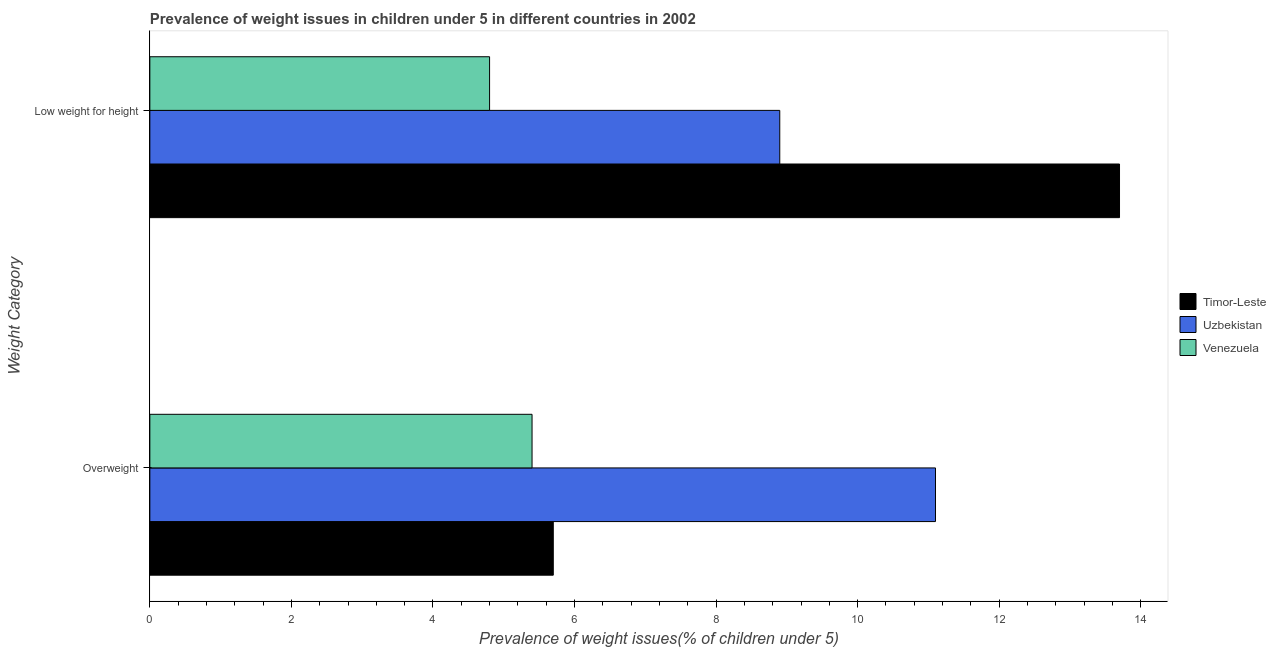
| Weight Category | Timor-Leste | Uzbekistan | Venezuela |
 | --- | --- | --- | --- |
 | Overweight | 5.7 | 11.1 | 5.4 |
 | Low weight for height | 13.7 | 8.9 | 4.8 |